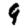
Digit: 9